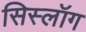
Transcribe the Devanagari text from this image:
सिस्लॉग